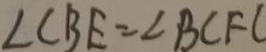
\angle C B E = \angle B C F C